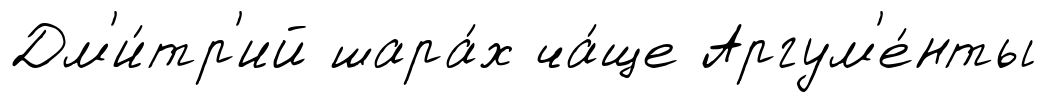
Дм'и́тр'ий шара́х ча́ще Аргум'е́нты